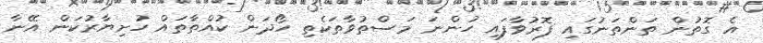
އެ ގޮތުން ތަންތަނުގައި ފޮރުވާފައި ހުންނަ މަސްތުވާތަކެތި ހޯދަން ކުއްތާތައް ހުށިޔާރުކަން އޭނާ